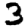
Digit: 3